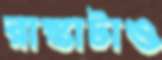
রাস্তাটাও